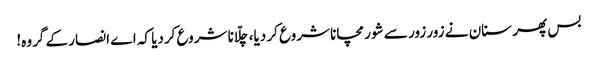
بس پھر سنان نے زور زور سے شور مچانا شروع کر دیا، چلّانا شروع کردیا کہ اے انصار کے گروہ!